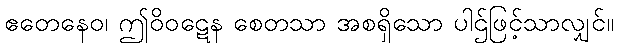
ဧတေနေဝ၊ ဤဝိဝဋေန စေတသာ အစရှိသော ပါဌ်ဖြင့်သာလျှင်။